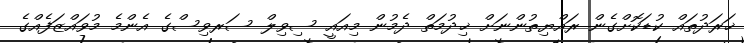
ޚަރަދުތައް ކުޑަކޮށްގެން ރައްޔިތުންނަށް ޚިދުމަތް ދެމުން މިއައީ ސިވިލް ސަރވިސްގެ އެންމެ މުވައްޒަފެއްގެ